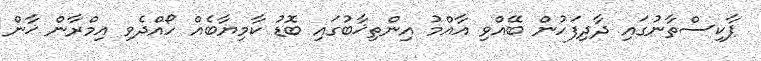
ޕާކިސްތާނުގައި ދާދިފަހުން ބޭއްވި އާއްމު އިންތިޚާބުގައި ބޮޑު ކާމިޔާބެއް ހޯއްދެވި އިމްރާން ޚާން